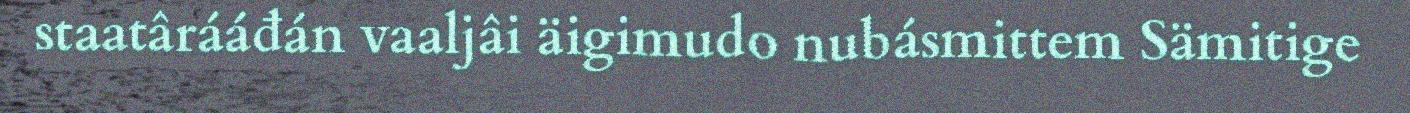
staatârááđán vaaljâi äigimudo nubásmittem Sämitige